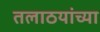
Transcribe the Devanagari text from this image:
तलाठयांच्या